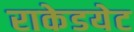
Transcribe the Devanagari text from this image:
राकेडयेट